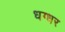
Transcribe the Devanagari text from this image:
धग्धर